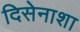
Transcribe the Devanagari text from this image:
दिसेनाशा